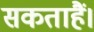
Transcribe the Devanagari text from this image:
सकताहैं।